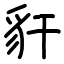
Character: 豻